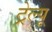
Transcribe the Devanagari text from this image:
ट्रेल्यू